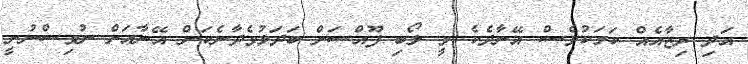
އަދި ރިޒާއެއް ކަމަކުވެސް އޭނާދެކެ ވީ ލޯބި ފޫއްސަށް ބަދަލުވެދާނެކަން އޭނާއަށް ނުވިސްނުނީ